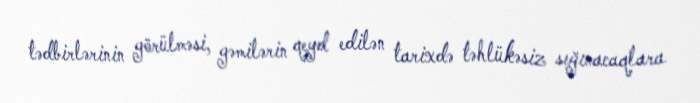
tədbirlərinin görülməsi, gəmilərin qeyd edilən tarixdə təhlükəsiz sığınacaqlara